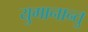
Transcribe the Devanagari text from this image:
युगानान्तु